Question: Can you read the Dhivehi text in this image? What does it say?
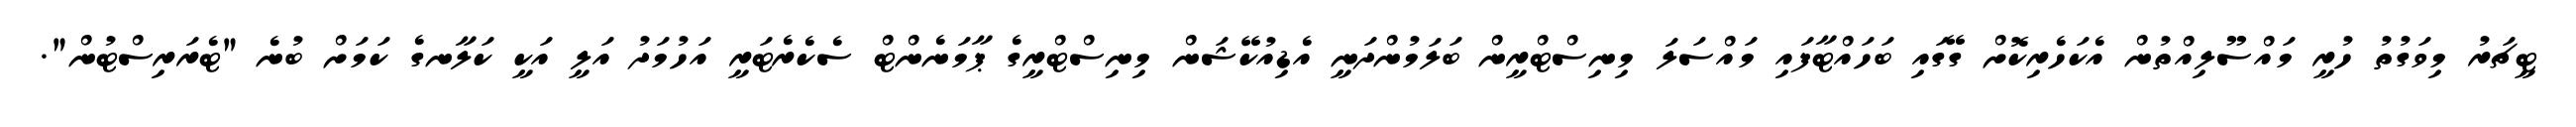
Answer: ޓީޗަރު މިވަގުތު ހުރީ މައްސޫލިއްތުން އެކަހެރިކޮށް ގޭގައި ބަހައްޓާފައި މައްސަލަ މިނިސްޓްރީން ބަލަމުންދަނީ އެޑިއުކޭޝަން މިނިސްޓްރީގެ ޕާމަނެންޓް ސެކެރެޓަރީ އަހުމަދު އަލީ އަކީ ކަލާނގެ ކަމަށް ބުނެ "ޓެރަރިސްޓުން".